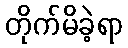
တိုက်မိခဲ့ရာ